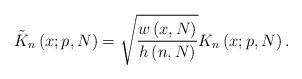
LaTeX: \begin{align*}\tilde K_n \left( {x;p,N} \right) = \sqrt {\frac{{w\left( {x,N} \right)}}{{h\left( {n,N} \right)}}} K_n \left( {x;p,N} \right).\end{align*}